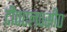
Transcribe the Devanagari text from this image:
टी०एल०सी०